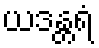
ယဒန္တရံ